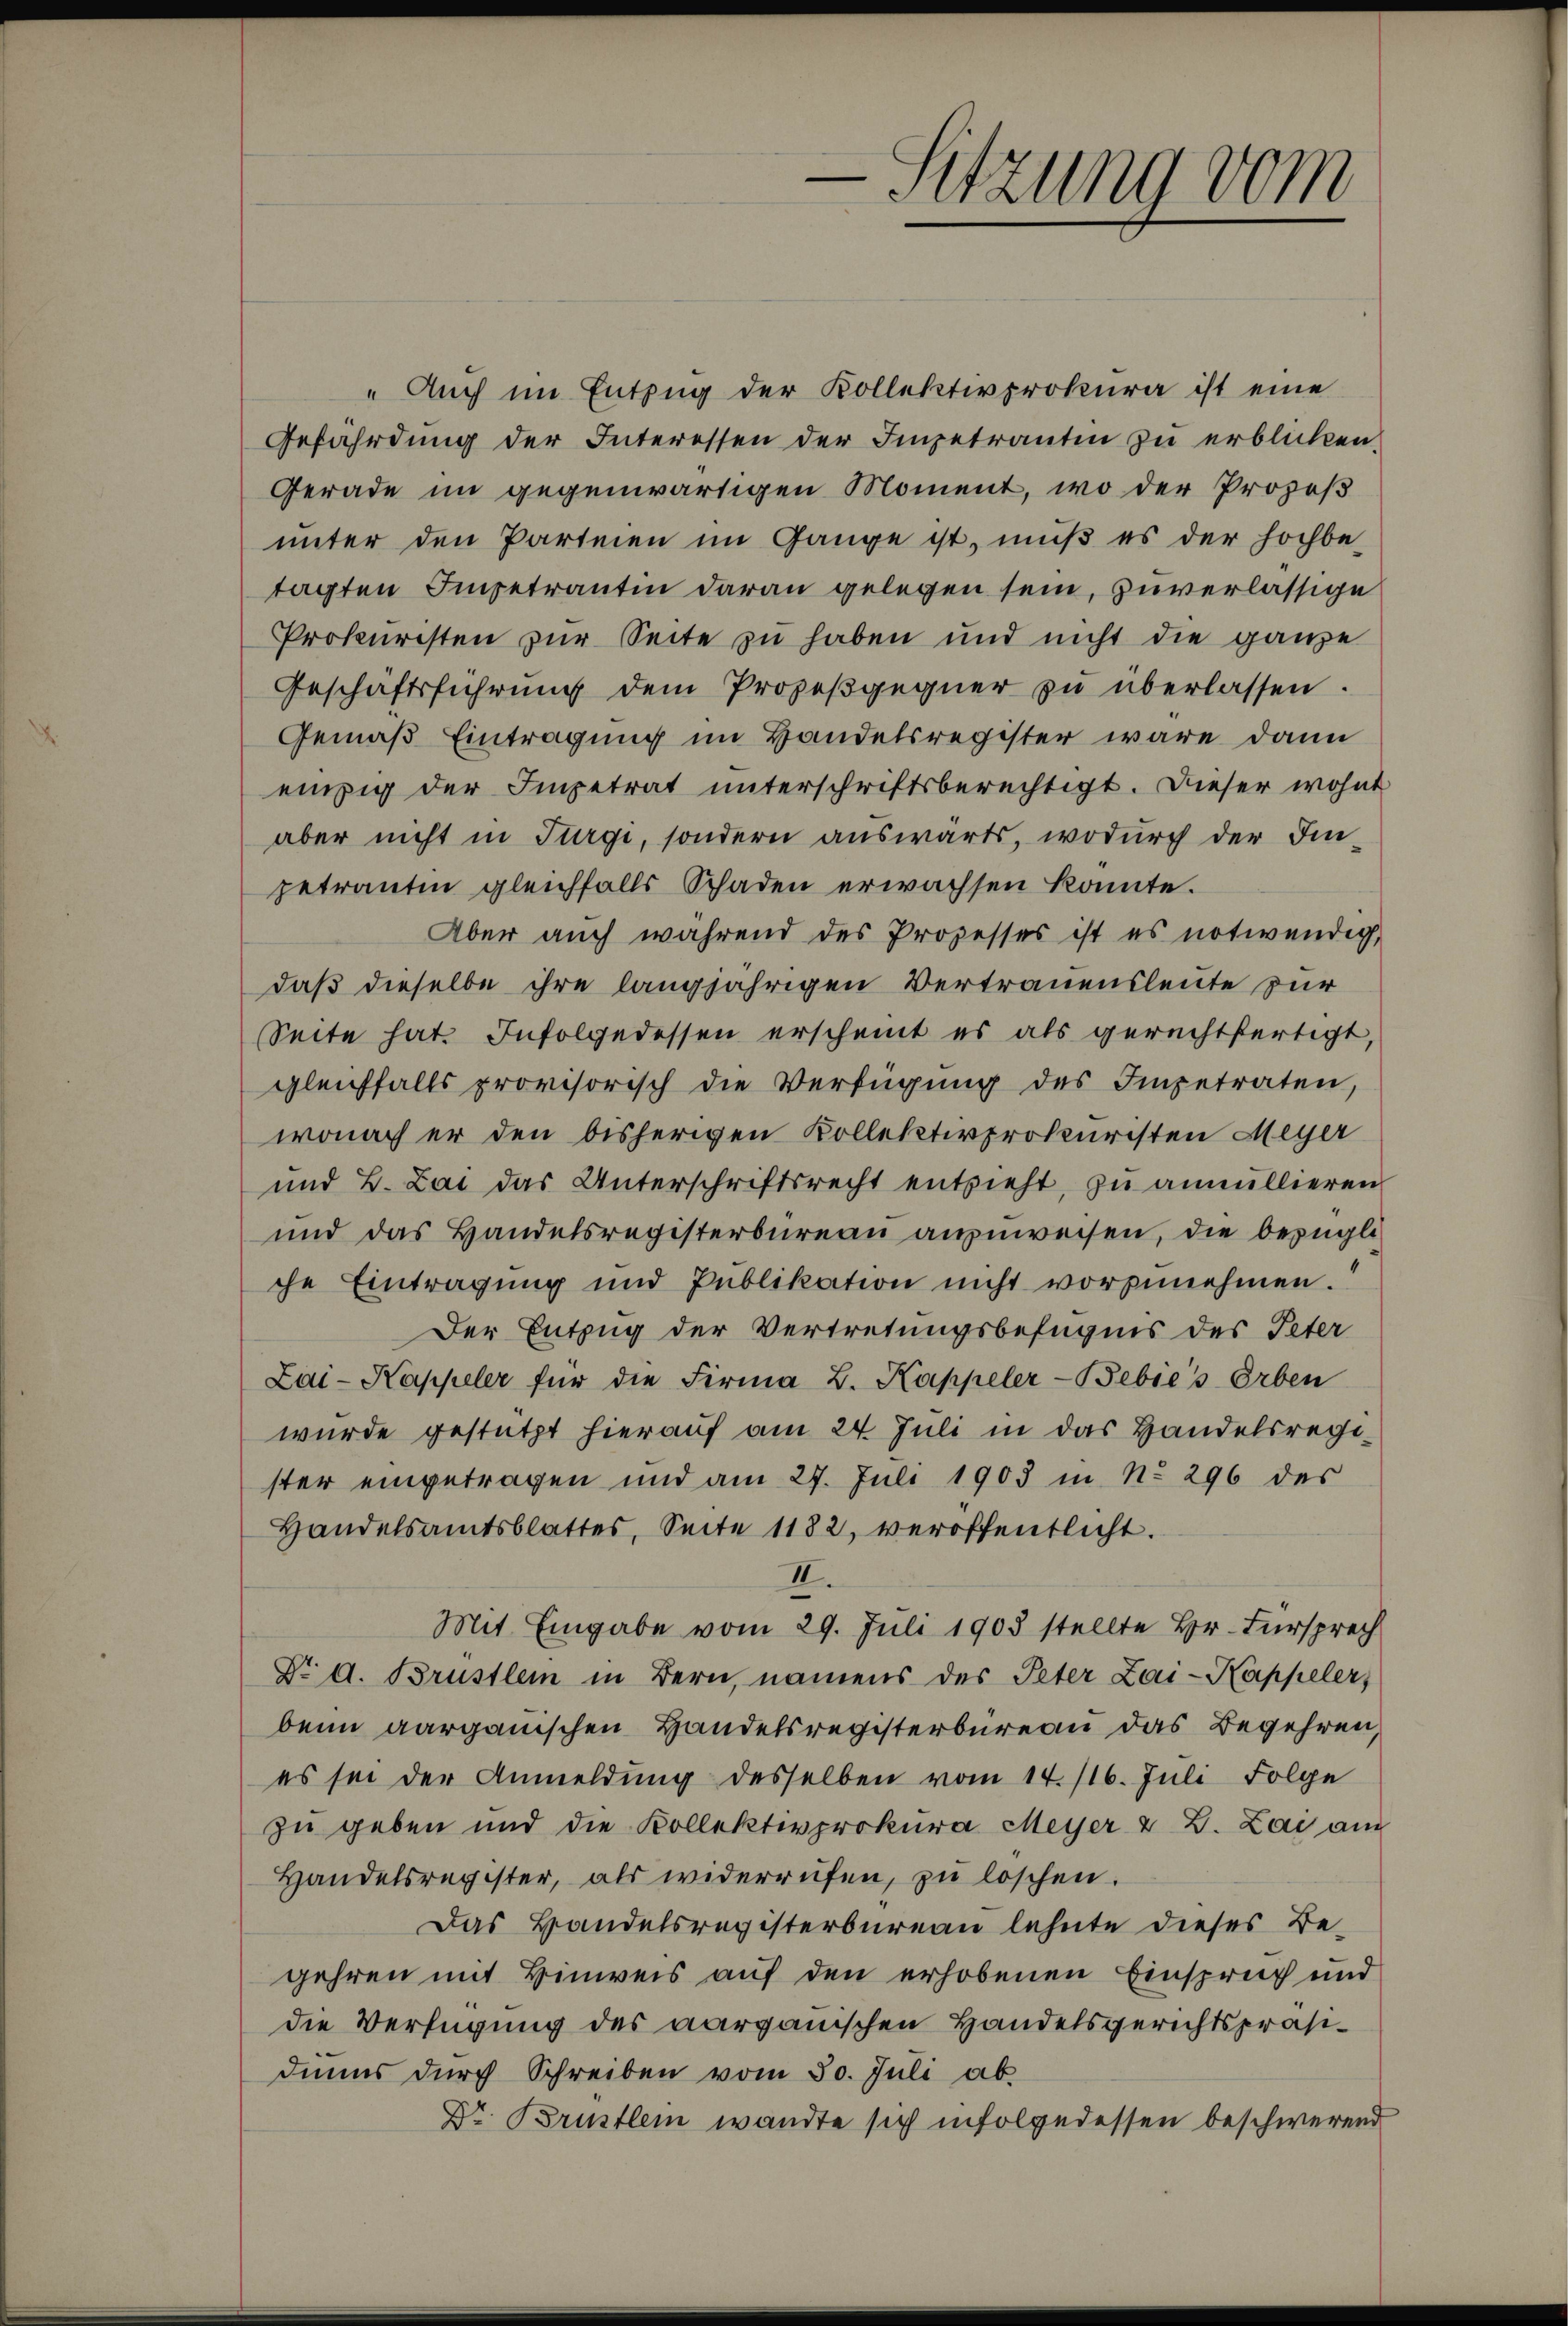
-Sitzung vom

" Auch im Entzug der Kollektivprokura ist eine
Gefährdung der Interessen der Impetranten zu erblicken.
Gerade im gegenwärtigen Moment, wo der Prozeß
unter den Parteien im Gange ist, muß es der hochbetagten Impetrantin daran gelegen sein, zuverlässige
Prokuristen zur Seite zu haben und nicht die ganze
Geschäftsführŭng dem Prozeβgegner zŭ überlassen.
Gemäß Eintragung im Handelsregister wäre dann
einzig der Impetrat unterschriftsberechtigt. Dieser wohnt
aber nicht in Türgi, sondern auswärts, wodurch der Im-
getrauten gleichfalls Schaden erwachsen konnte.
Aber auch während des Prozesses ist es notwendig,
daß dieselbe ihre langjährigen Vertrauensleute zur
Seite hat. Infolgedessen erscheint es als gerechtfertigt,
gleichfalls provisorisch die Verfügŭng des Impetraten,
wonach er den bisherigen Kollektivprokuristen Meyer
und B. Lai das Unterschriftsrecht entzieht, zu annullieren
und das Handelsregisterbureau anzuweisen, die bezügliche Eintragung und Publikation nicht vorzunehmen.
Der Entzug der Vertretungsbefugnis des Peter
Lai-Kappeler für die Firma B. Kappeler-Bebie's Erben
wurde gestützt hierauf am 24. Juli in das Handelsregister eingetragen und am 27. Juli 1903 in No 296 des
Handelsamtsblattes, Seite 1182, veröffentlicht.
II.
Mit Eingabe vom 29. Juli 1903 stellte Hr. Fürsprech
Dr A. Brustlen in Bern, namens des Peter Zai-Kappeler,
beim aargauischen Handelsregisterbüreau das Begehren,
es sei der Anmeldung desselben vom 14. /16. Juli Folge
zu geben und die Kollektivprokura Meyer & 2. Lai am
Handelsregister, als widerrüfen, zŭ loschen.
Das Bandelsregisterbureau lehnte dieses Be-
gehren mit Hinweis auf den erhobenen Einspruch und
die Verfügung des aargauischen Handelsgerichtspräsidinns durch Schreiben vom 30. Juli ab.
Dr Brustlem wandte sich infolgedessen beschwerend